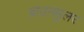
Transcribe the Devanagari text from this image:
ब्राउनमुलर